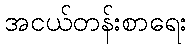
အငယ်တန်းစာရေး